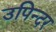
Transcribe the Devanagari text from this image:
उपिन्दर